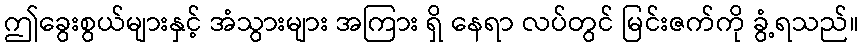
ဤခွေးစွယ်များနှင့် အံသွားများ အကြား ရှိ နေရာ လပ်တွင် မြင်းဇက်ကို ခွံ့ရသည်။